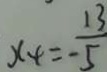
x _ { 4 } = \frac { 1 3 } { - 5 }